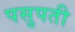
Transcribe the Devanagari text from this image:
पसुपती